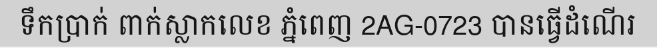
ទឹកប្រាក់ ពាក់ស្លាកលេខ ភ្នំពេញ 2AG-0723 បានធ្វើដំណើរ